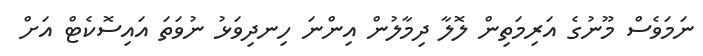
ނަމަވެސް މޫނުގެ އަރިމަތިން ލޮލާ ދިމާލުން އިންނަ ހިނދިވަޅު ނުވަތަ އައިސޮކެޓް އަށް